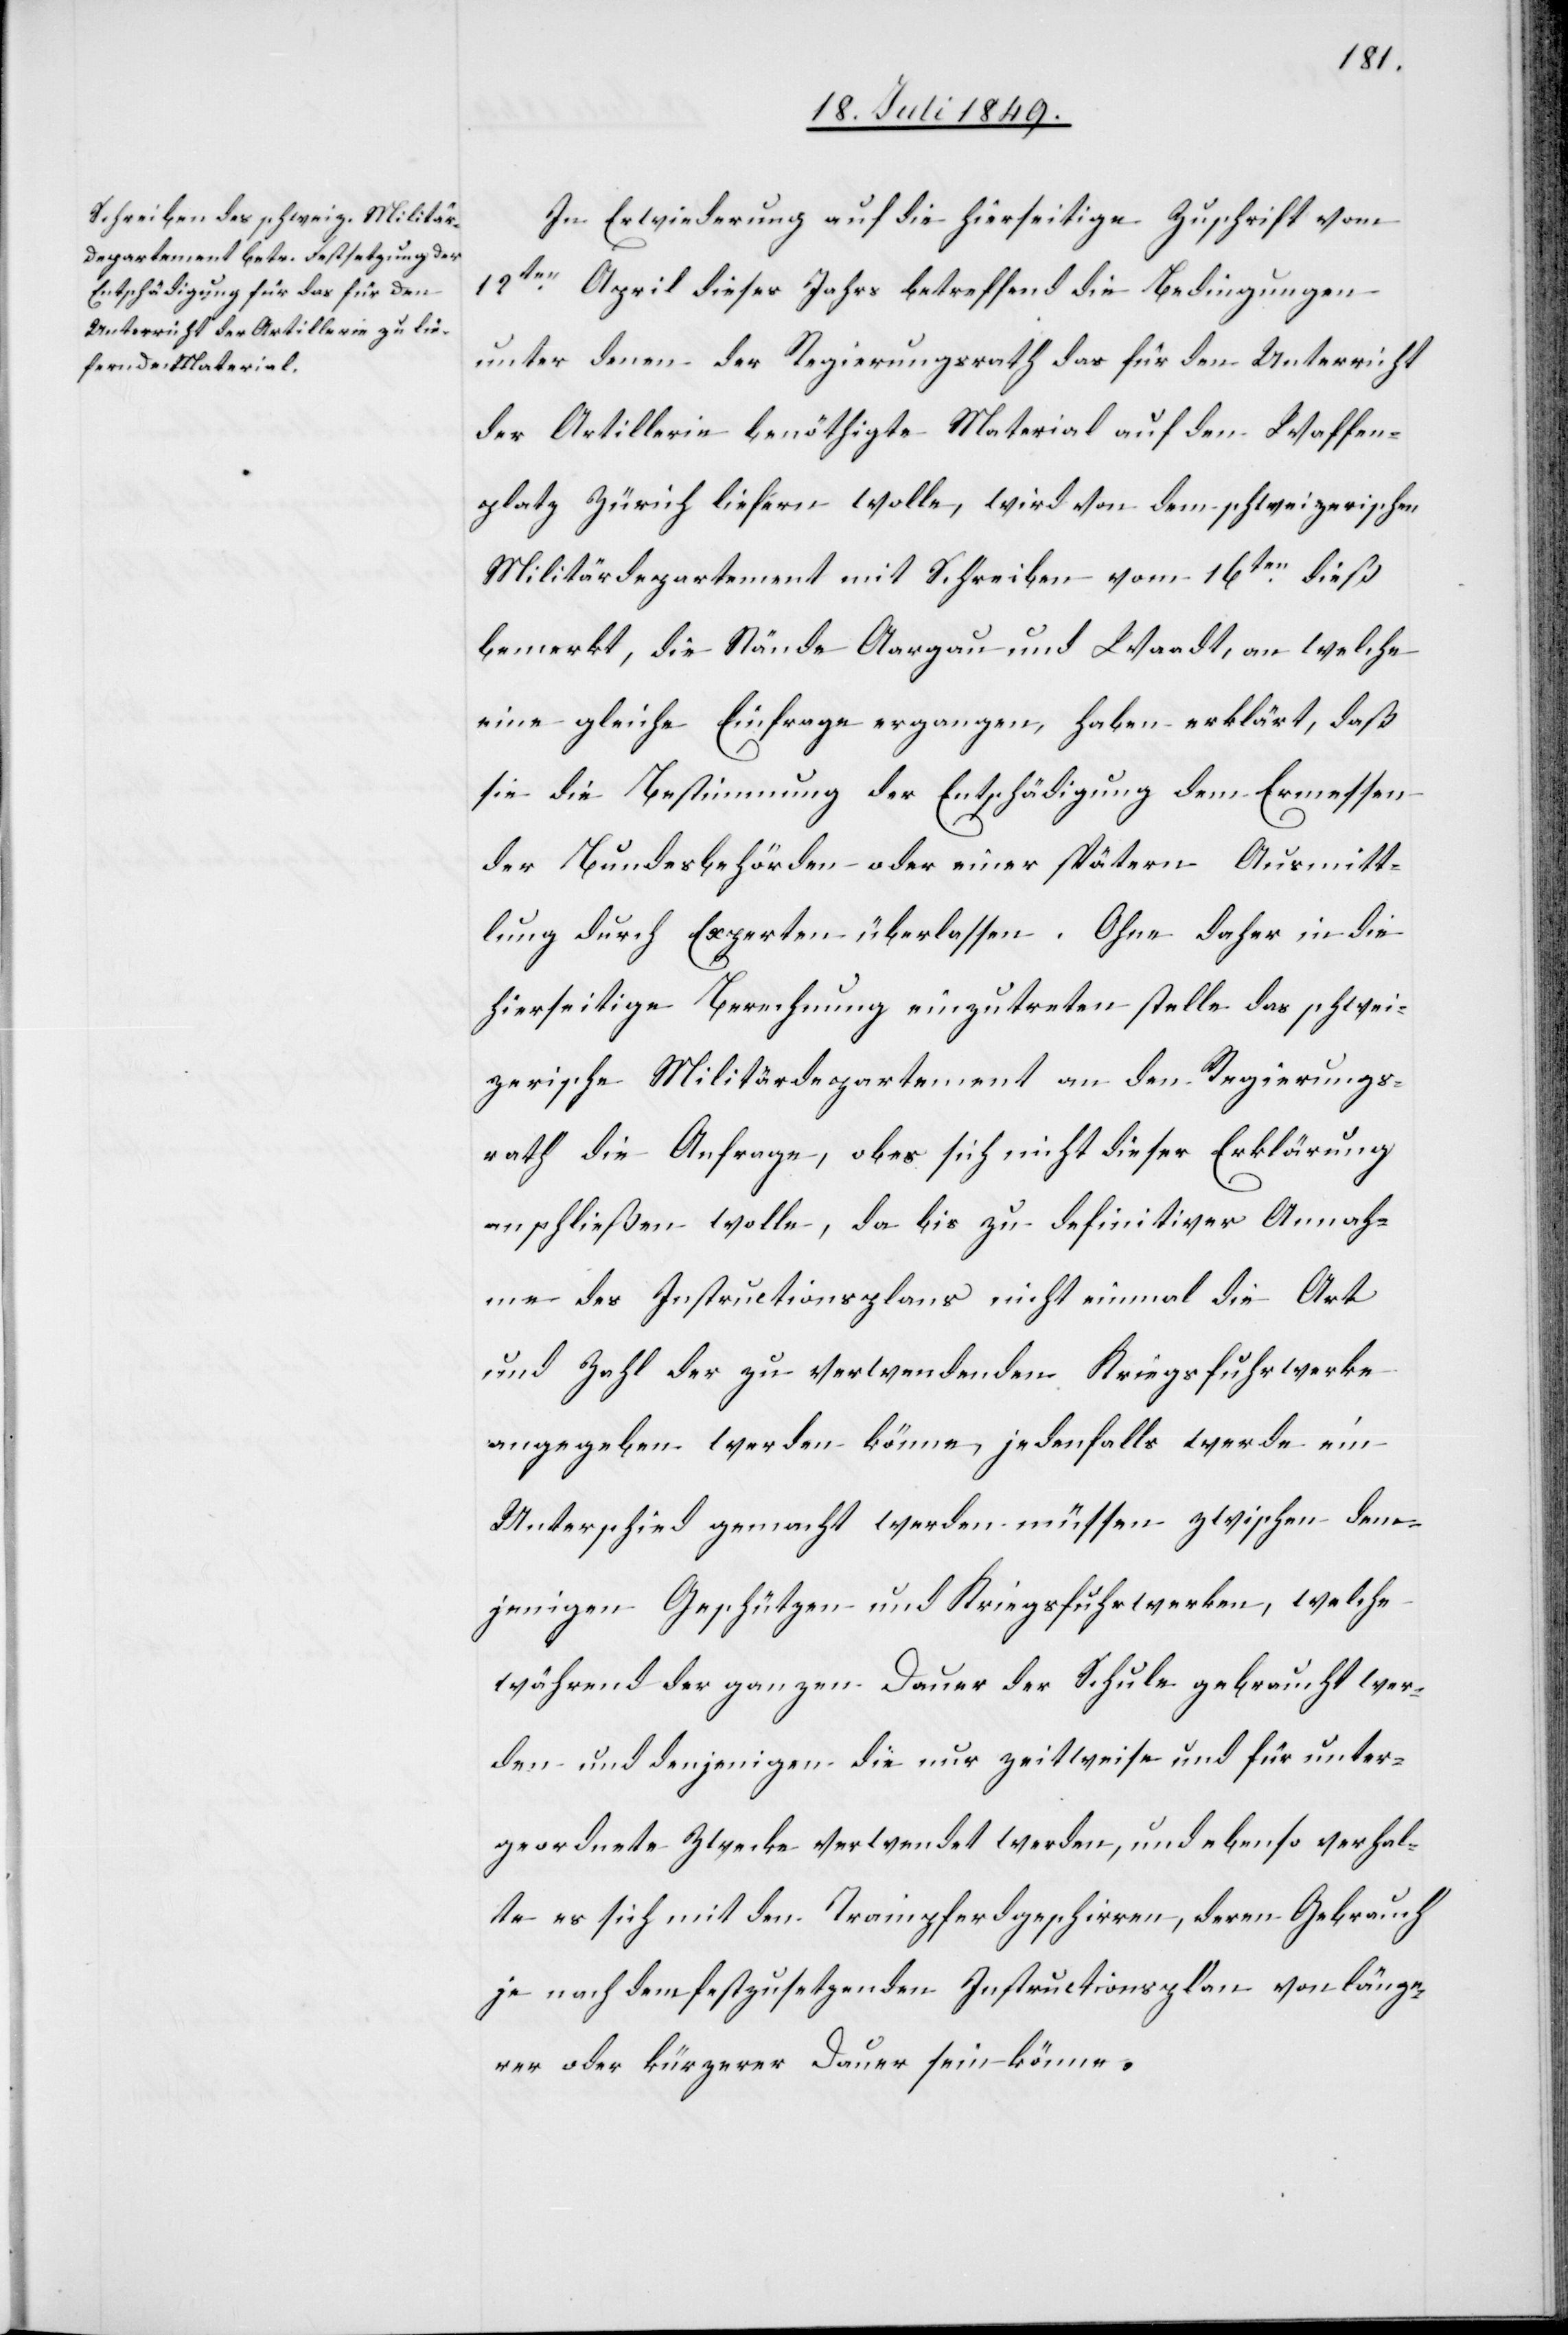
In Erwiederung auf die hierseitige Zuschrift vom
12ten April dieses Jahrs betreffend die Bedingungen
unter denen der Regierungsrath das für den Unterricht
der Artillerie benöthigte Material auf den Waffen¬
platz Zürich liefern wolle, wird von dem schweizerischen
Militärdepartement mit Schreiben vom 16ten dieß
bemerkt, die Stände Aargau und Waadt, an welche
eine gleiche Einfrage ergangen, haben erklärt, daß
sie die Bestimmung der Entschädigung dem Ermessen
der Bundesbehörden oder einer spätern Ausmitt¬
lung durch Experten überlassen. Ohne daher in die
hierseitige Berechnung einzutreten stelle das schwei¬
zerische Militärdepartement an den Regierungs¬
rath die Anfrage, ob es sich nicht dieser Erklärung
anschließen wolle, da bis zu definitiver Annah¬
me des Instructionsplans nicht einmal die Art
und Zahl der zu verwendenden Kriegsfuhrwerke
angegeben werden könne, jedenfalls werde ein
Unterschied gemacht werden müssen, zwischen den¬
jenigen Geschützen- und Kriegsfuhrwerken, welche
während der ganzen Dauer der Schule gebraucht wer¬
den und denjenigen die nur zeitweise und für unter¬
geordnete Zwecke verwendet werden, und ebenso verhal¬
te es sich mit den Trainpferdgeschirren, deren Gebrauch
je nach dem festzusetzenden Instructionsplan von länge¬
rer oder kürzerer Dauer sein können.